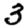
Digit: 3